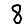
Digit: 8